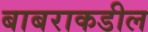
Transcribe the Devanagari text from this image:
बाबराकडील